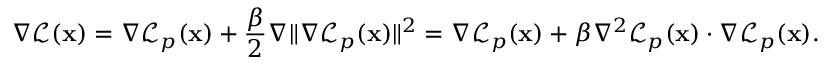
\nabla \mathcal { L } ( \mathbf { x } ) = \nabla \mathcal { L } _ { p } ( \mathbf { x } ) + \frac { \beta } { 2 } \nabla \Vert \nabla \mathcal { L } _ { p } ( \mathbf { x } ) \Vert ^ { 2 } = \nabla \mathcal { L } _ { p } ( \mathbf { x } ) + \beta \nabla ^ { 2 } \mathcal { L } _ { p } ( \mathbf { x } ) \cdot \nabla \mathcal { L } _ { p } ( \mathbf { x } ) .